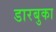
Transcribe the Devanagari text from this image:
डारबुका